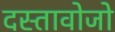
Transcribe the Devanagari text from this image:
दस्तावोजो